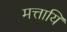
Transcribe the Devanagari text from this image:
मत्तायि